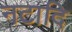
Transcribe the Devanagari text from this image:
नटादि